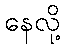
နေလို့